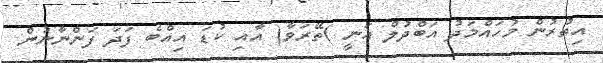
އިތުރުން މުހައްމަދު އަބްދުލް ޣަނީ )ތޭރަވާ( އާއި ކުޑަ އިއްބެ ފަދަ ފަންނާނުން